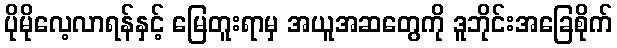
ပိုမိုလေ့လာရန်နှင့် မြေတူးရာမှ အယူအဆတွေကို ဒူဘိုင်းအခြေစိုက်